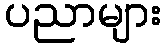
ပညာများ